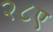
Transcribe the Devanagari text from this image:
२८ए